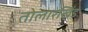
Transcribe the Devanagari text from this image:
तोलारखिंड